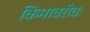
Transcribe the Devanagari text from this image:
किमावरीवः